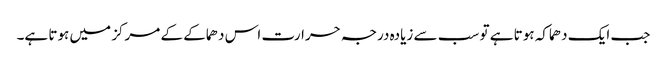
جب ایک دھماکہ ہوتا ہے تو سب سے زیادہ درجہ حرارت اس دھماکے کے مرکز میں ہوتا ہے۔